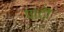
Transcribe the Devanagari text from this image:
पाटॊ